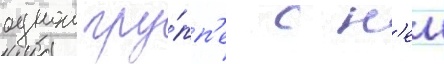
однои гру́пп'е с н'еи